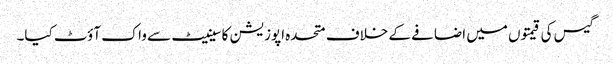
گیس کی قیمتوں میں اضافے کے خلاف متحدہ اپوزیشن کا سینیٹ سے واک آؤٹ کیا۔